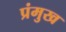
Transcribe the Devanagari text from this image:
प्रंमुख